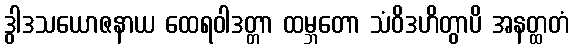
ဒွါဒသယောဇနာယ ထေရဝါဒတ္တာ ထမ္ဘတော သံဝိဒဟိတွာပိ အနတ္ထတံ